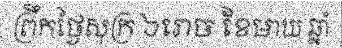
ព្រឹកថ្ងៃសុក្រ ៦រោច ខែមាឃ ឆ្នាំ